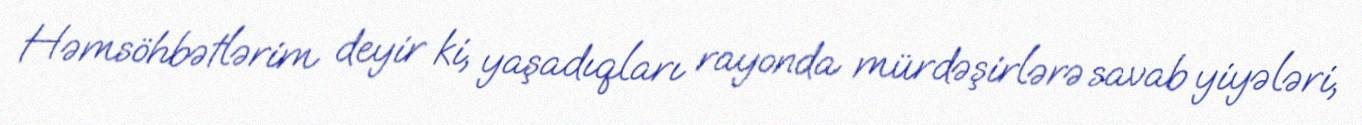
Həmsöhbətlərim deyir ki, yaşadıqları rayonda mürdəşirlərə savab yiyələri,